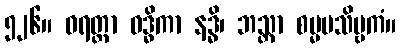
၅၂၆။ ဝရတ္တာ ဝဒ္ဓိကာ နဒ္ဓိ၊ ဘသ္တာ စမ္မပသိဗ္ဗကံ။